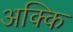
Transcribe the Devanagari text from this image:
अक्कि